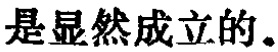
是显然成立的。